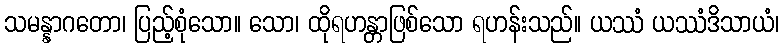
သမန္နာဂတော၊ ပြည့်စုံသော။ သော၊ ထိုရဟန္တာဖြစ်သော ရဟန်းသည်။ ယဿံ ယဿံဒိသာယံ၊